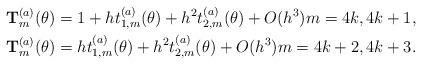
LaTeX: \begin{align*} {\bf T}^{(a)}_{m} (\theta)&=1 + h t^{(a)}_{1,m}(\theta) +h^2 t^{(a)}_{2,m}(\theta)+ O(h^3) m=4k,4k+1, \\ {\bf T}^{(a)}_{m} (\theta)&= h t^{(a)}_{1, m} (\theta)+ h^2 t^{(a)}_{2,m}(\theta)+ O(h^3) m=4k+2,4k+3. \end{align*}